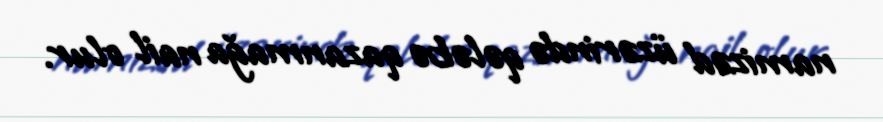
namizəd üzərində qələbə qazanmağa nail olur.